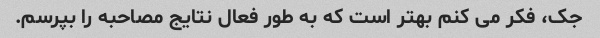
جک، فکر می کنم بهتر است که به طور فعال نتایج مصاحبه را بپرسم.